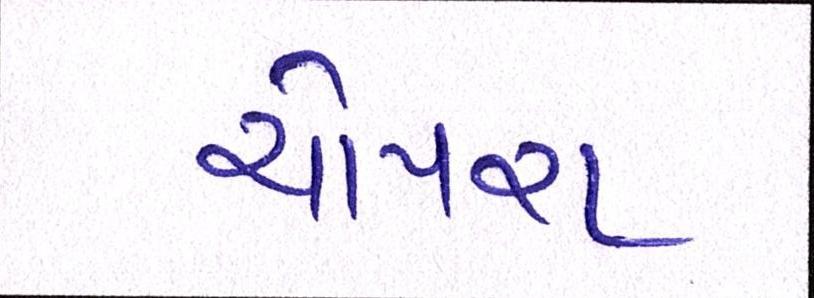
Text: ચોપરા